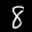
Label: 8